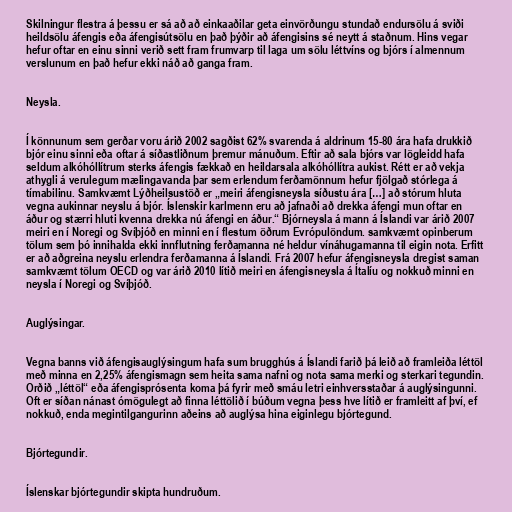
Skilningur flestra á þessu er sá að að einkaaðilar geta einvörðungu stundað endursölu á sviði
heildsölu áfengis eða áfengisútsölu en það þýðir að áfengisins sé neytt á staðnum. Hins vegar
hefur oftar en einu sinni verið sett fram frumvarp til laga um sölu léttvíns og bjórs í almennum
verslunum en það hefur ekki náð að ganga fram.

Neysla.

Í könnunum sem gerðar voru árið 2002 sagðist 62% svarenda á aldrinum 15-80 ára hafa drukkið
bjór einu sinni eða oftar á síðastliðnum þremur mánuðum. Eftir að sala bjórs var lögleidd hafa
seldum alkóhóllítrum sterks áfengis fækkað en heildarsala alkóhóllítra aukist. Rétt er að vekja
athygli á verulegum mælingavanda þar sem erlendum ferðamönnum hefur fjölgað stórlega á
tímabilinu. Samkvæmt Lýðheilsustöð er „meiri áfengisneysla síðustu ára […] að stórum hluta
vegna aukinnar neyslu á bjór. Íslenskir karlmenn eru að jafnaði að drekka áfengi mun oftar en
áður og stærri hluti kvenna drekka nú áfengi en áður.“ Bjórneysla á mann á Íslandi var árið 2007
meiri en í Noregi og Svíþjóð en minni en í flestum öðrum Evrópulöndum. samkvæmt opinberum
tölum sem þó innihalda ekki innflutning ferðamanna né heldur vínáhugamanna til eigin nota. Erfitt
er að aðgreina neyslu erlendra ferðamanna á Íslandi. Frá 2007 hefur áfengisneysla dregist saman
samkvæmt tölum OECD og var árið 2010 lítið meiri en áfengisneysla á Ítalíu og nokkuð minni en
neysla í Noregi og Svíþjóð.

Auglýsingar.

Vegna banns við áfengisauglýsingum hafa sum brugghús á Íslandi farið þá leið að framleiða léttöl
með minna en 2,25% áfengismagn sem heita sama nafni og nota sama merki og sterkari tegundin.
Orðið „léttöl“ eða áfengisprósenta koma þá fyrir með smáu letri einhversstaðar á auglýsingunni.
Oft er síðan nánast ómögulegt að finna léttölið í búðum vegna þess hve lítið er framleitt af því, ef
nokkuð, enda megintilgangurinn aðeins að auglýsa hina eiginlegu bjórtegund.

Bjórtegundir.

Íslenskar bjórtegundir skipta hundruðum.